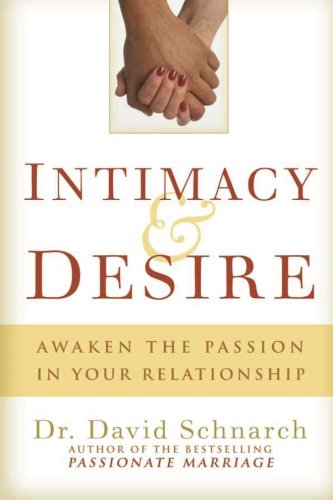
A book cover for Intimacy & Desire: Awaken the Passion in Your Relationship; David Schnarch; Self-Help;